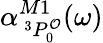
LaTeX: \alpha_{\, ^{3}P_{0}^{\mathcal{O}}}^{M1}(\omega)